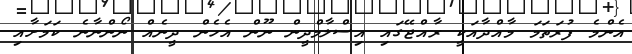
އެންމެ ފުރަތަމަ މާއްދާއަކީ ރާއްޖޭގައި އިސްލާމްދީން ނޫން އެހެން ދީނެއް ނޯންނާނެ ކަމަށާއި